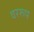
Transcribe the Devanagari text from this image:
वररूप